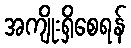
အကျိုးရှိစေရန်